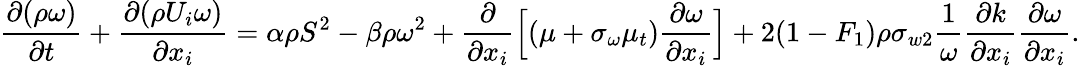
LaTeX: \frac{\partial(\rho{\omega})}{\partial t}+\frac{\partial(\rho{U_{i}}\omega)}{\partial x_{i}}=\alpha\rho S^{2}-\beta\rho\omega^{2}+\frac{\partial}{\partial x_{i}}\Big[(\mu+\sigma_{\omega}\mu_{t})\frac{\partial\omega}{\partial x_{i}}\Big]+2(1-F_{1})\rho\sigma_{w2}\frac{1}{\omega}\frac{\partial k}{\partial x_{i}}\frac{\partial\omega}{\partial x_{i}}.